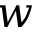
w